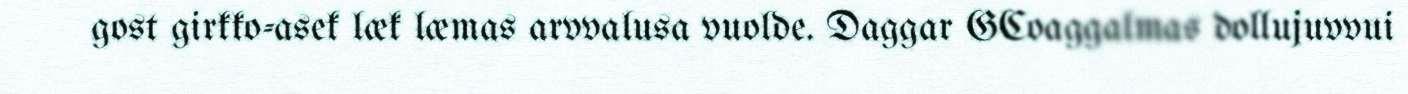
gost girkko-asek læk læmas arvvalusa vuolde. Daggar GCoaggalmas dollujuvvui